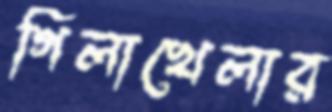
গিলাখেলার